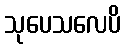
သုပေသလေပိ